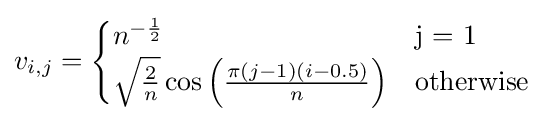
v_{i,j}={\begin{cases}n^{-{\frac {1}{2}}}&{\mbox{j = 1}}\\{\sqrt {\frac {2}{n}}}\cos \left({\frac {\pi (j-1)(i-0.5)}{n}}\right)&{\mbox{otherwise}}\end{cases}}